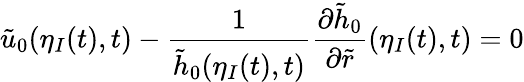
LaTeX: \tilde{u}_{0}(\eta_{I}(t),t)-\frac{1}{\tilde{h}_{0}(\eta_{I}(t),t)}\frac{\partial\tilde{h}_{0}}{\partial\tilde{r}}(\eta_{I}(t),t)=0